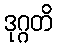
ဒုဂ္ဂတိ